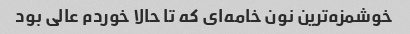
خوشمزه‌ترین نون خامه‌ای که تا حالا خوردم عالی بود